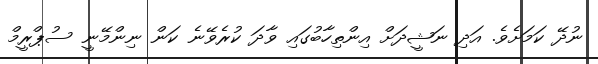
ނުދޭ ކަމަށެވެ. އަދި ނަޝީދަށް އިންތިހާބުގައި ވާދަ ކުރެވޭނެ ކަން ނިންމޭނީ ސުޕްރީމް